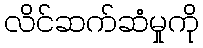
လိင်ဆက်ဆံမှုကို